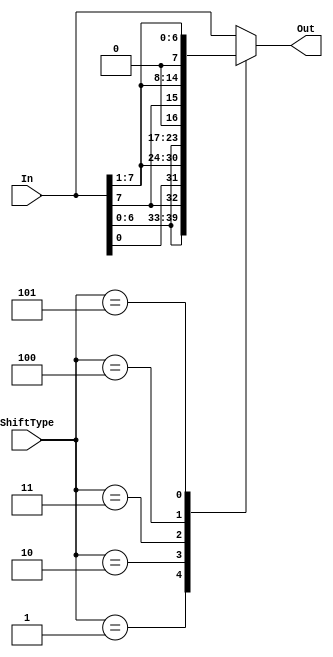
module Shifter(In, ShiftType, Out);

	input  [7:0] In;
	input  [2:0] ShiftType;
	output reg[7:0] Out;
	//ShiftType - 0: LSL , 1: LSR
	always@(ShiftType, In) begin  
		
		case (ShiftType)
			3'b000: //No shift
				Out = In; 
			3'b001: //Rotate Left 
				Out = {In[6:0],In[7]};
			3'b010: //Rotate Right 
				Out = {In[0],In[7:1]};
			3'b011: //Shift Left 
				Out = {In[6:0],1'b0};
			3'b100: //Arithmetic Shift Right 
				Out = {In[7],In[7:1]};
			3'b101: //Shift Right 
				Out = {1'b0,In[7:1]};
			default: //No shift 
				Out = In; 
		endcase 
	end 
endmodule